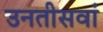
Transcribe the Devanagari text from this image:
उनतीसवां